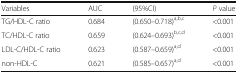
<table><thead><tr><td><b>Variables</b></td><td><b>AUC</b></td><td><b>(95%CI)</b></td><td><b><i>P</i> value</b></td></tr></thead><tbody><tr><td>TG/HDL-C ratio</td><td>0.684</td><td>(0.650–0.718)<sup>a,b,c</sup></td><td>&lt;0.001</td></tr><tr><td>TC/HDL-C ratio</td><td>0.659</td><td>(0.624–0.693)<sup>b,c,d</sup></td><td>&lt;0.001</td></tr><tr><td>LDL-C/HDL-C ratio</td><td>0.623</td><td>(0.587–0.659)<sup>a,d</sup></td><td>&lt;0.001</td></tr><tr><td>non-HDL-C</td><td>0.621</td><td>(0.585–0.657)<sup>a,d</sup></td><td>&lt;0.001</td></tr></tbody></table>